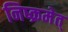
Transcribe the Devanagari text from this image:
निष्क्रमेत्